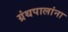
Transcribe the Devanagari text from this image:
ग्रंथपालांना